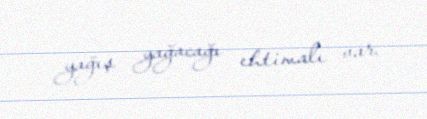
yağış yağacağı ehtimalı var.